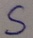
Text: S